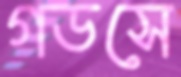
গডসে